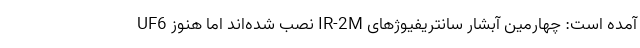
آمده است: چهارمین آبشار سانتریفیوژهای IR-2M نصب شده‌اند اما هنوز UF6